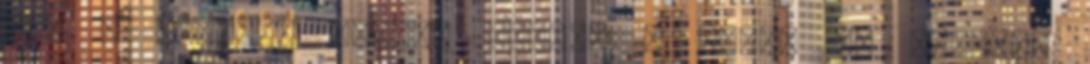
ezt a tükrünk bánta. Közben a tulaj is kijött,